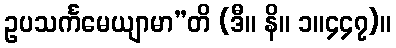
ဥပသင်္ကမေယျာမာ”တိ (ဒီ။ နိ။ ၁။၄၄၇)။